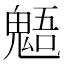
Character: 𩳌